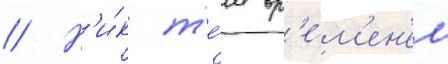
// Н'и́к т'е́м вр'е́м'ен'ем